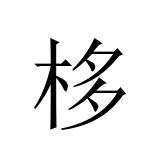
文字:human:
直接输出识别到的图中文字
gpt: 栘